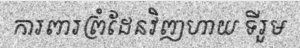
ការពារព្រំដែនវិញហាយ ទីរួម